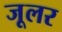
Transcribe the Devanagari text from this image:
जूलर